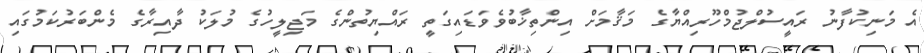
އެ މަނިކުފާނު ރައީސުލްޖުމްހޫރިއްޔާގެ މަޤާމަށް އިންތިޚާބުވެވަޑައިގަތީ ރައްޔިތުންގެ މަޖިލީހުގެ މުލަކު ދާއިރާގެ މެންބަރުކަމުގައި